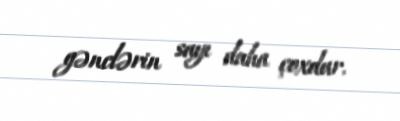
gənclərin sayı daha çoxdur.